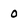
Character: 0